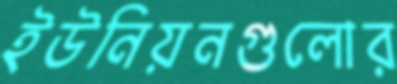
ইউনিয়নগুলোর